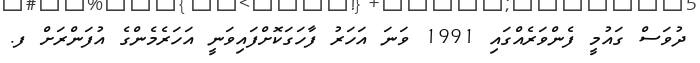
ދުވަސް ގައުމީ ފެންވަރެއްގައި 1991 ވަނަ އަހަރު ފާހަގަކޮށްފައިވަނީ އަހަރެމެންގެ އުފަންރަށް ފ.